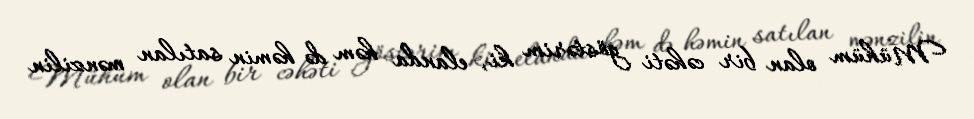
Mühüm olan bir cəhəti göstərim ki, elanda həm də həmin satılan mənzilin